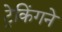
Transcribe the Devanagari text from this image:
ट्रेकिंगने